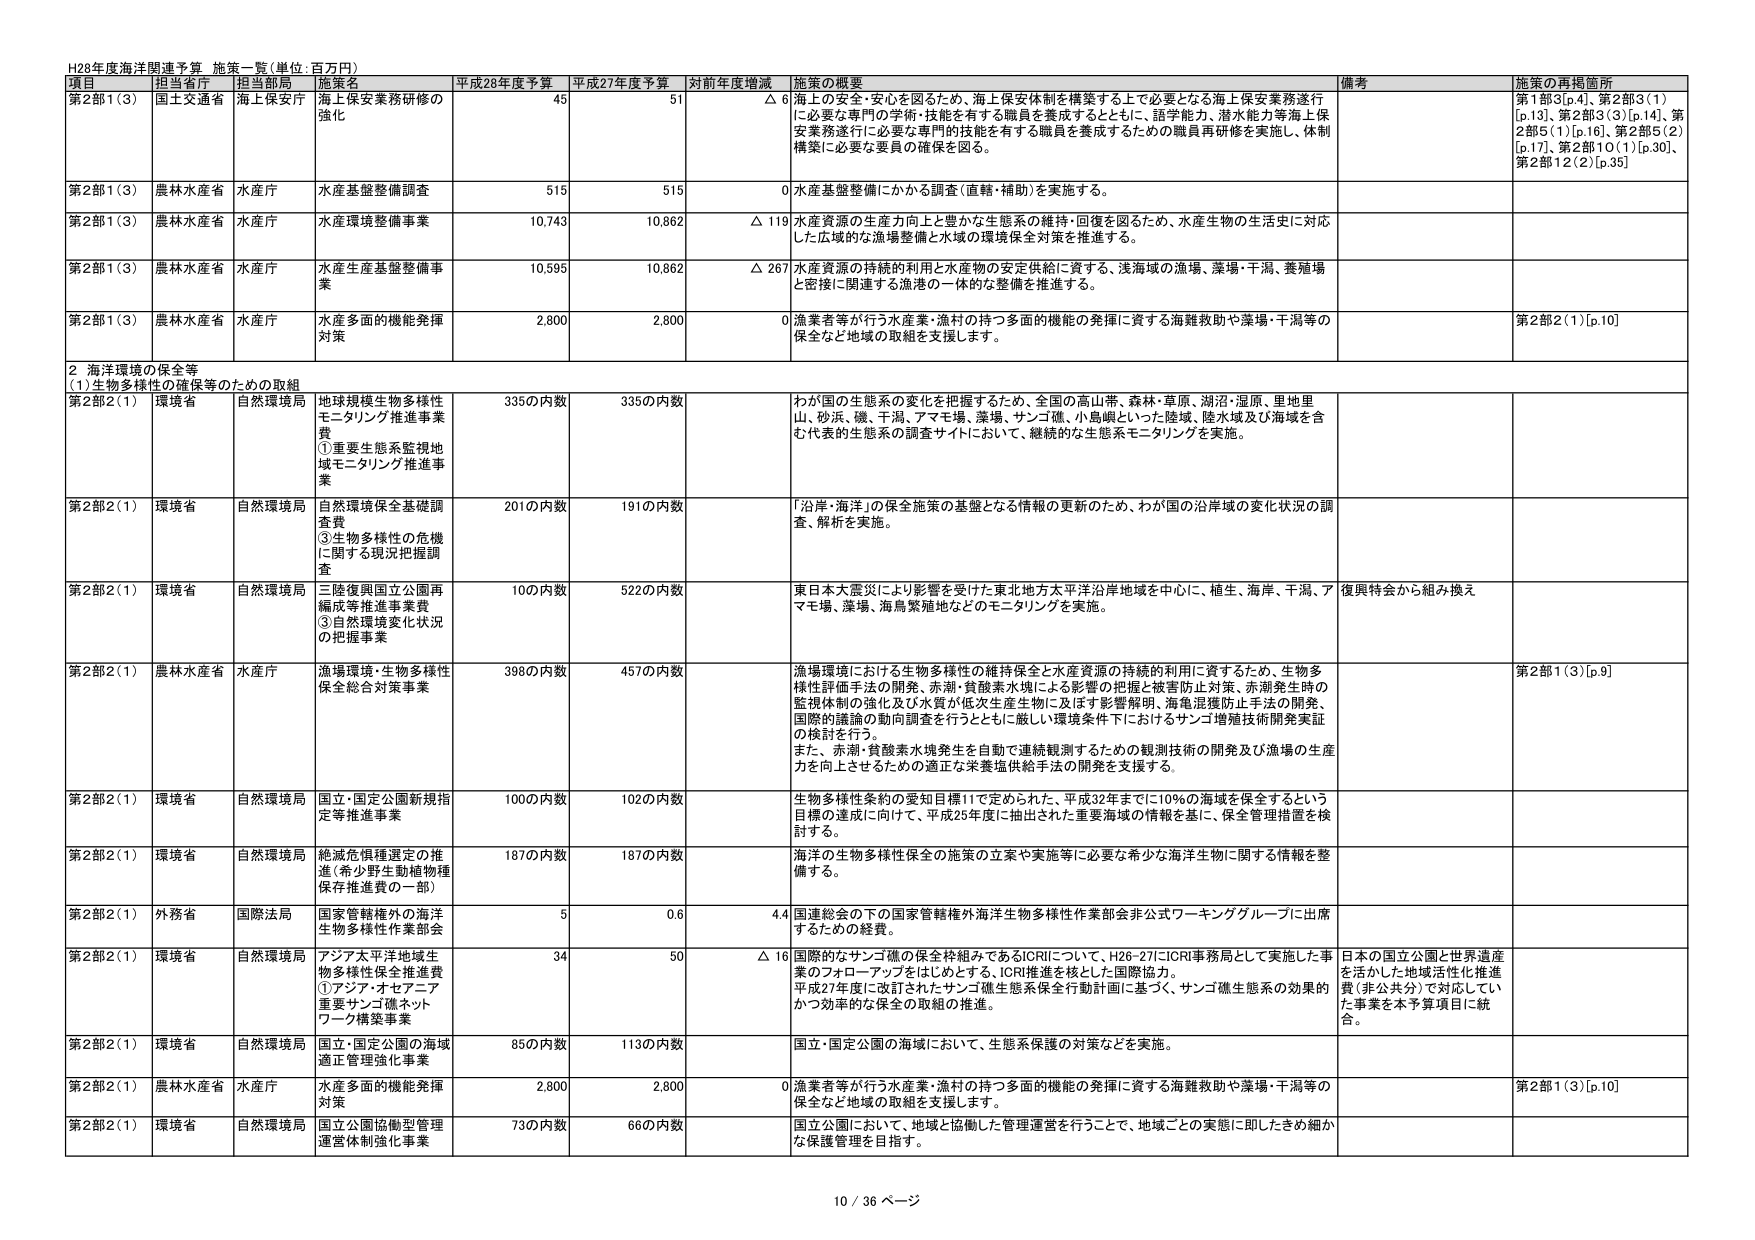
H28年度海洋関連予算 施策一覧(単位:百万円)

項目 担当省庁 担当部局 施策名 平成28年度予算 平成27年度予算 対前年度増減 施策の概要 備考 施策の再掲箇所

第2部1(3) 国土交通省 海上保安庁 海上保安業務研修の強化 45 51 △ 6 海上の安全・安心を図るため、海上保安体制を構築する上で必要となる海上保安業務遂行に必要な専門の学術・技能を有する職員を養成するとともに、語学能力、潜水能力等海上保安業務遂行に必要な専門の技能を有する職員を養成するための職員再研修を実施し、体制構築に必要な要員の確保を図る。 第1部3[p.4]、第2部3(1)[p.13]、第2部3(3)[p.14]、第2部5(1)[p.16]、第2部5(2)[p.17]、第2部10(1)[p.30]、第2部12(2)[p.35]

第2部1(3) 農林水産省 水産庁 水産基盤整備調査 515 515 0 水産基盤整備にかかる調査(直轄・補助)を実施する。

第2部1(3) 農林水産省 水産庁 水産環境整備事業 10,743 10,862 △ 119 水産資源の生産力向上と豊かな生態系の維持・回復を図るため、水産生物の生活史に対応した広域的な漁場整備と水域の環境保全対策を推進する。

第2部1(3) 農林水産省 水産庁 水産生産基盤整備事業 10,595 10,862 △ 267 水産資源の持続的利用と水産物の安定供給に資する、浅海域の漁場、藻場・干潟、養殖場と密接に関連する漁港の一体的な整備を推進する。

第2部1(3) 農林水産省 水産庁 水産多面的機能発揮対策 2,800 2,800 0 漁業者等が行う水産業・漁村の持つ多面的機能の発揮に資する海難救助や藻場・干潟等の保全など地域の取組を支援します。 第2部2(1)[p.10]

2 海洋環境の保全等 (1)生物多様性の確保等のための取組

第2部2(1) 環境省 自然環境局 地球規模生物多様性モニタリング推進事業費 ①重要生態系監視地域モニタリング推進事業 335の内数 335の内数 わが国の生態系の変化を把握するため、全国の高山帯、森林・草原、湖沼・湿原、里地里山、砂浜、磯、干潟、アマモ礁、藻場、サンゴ礁、小島嶼といった陸域、陸水域及び海域を含む代表的生態系の調査サイトにおいて、継続的な生態系モニタリングを実施。

第2部2(1) 環境省 自然環境局 自然環境保全基礎調査費 ③生物多様性の危機に関する現況把握調査 201の内数 191の内数 「沿岸・海洋」の保全施策の基盤となる情報の更新のため、わが国の沿岸域の変化状況の調査、解析を実施。

第2部2(1) 環境省 自然環境局 三陸復興国立公園再編成等推進事業費 ③自然環境変化状況の把握事業 10の内数 522の内数 東日本大震災により影響を受けた東北地方太平洋沿岸地域を中心に、植生、海岸、干潟、アマモ場、藻場、海鳥繁殖地などのモニタリングを実施。 復興特会から組み換え

第2部2(1) 農林水産省 水産庁 漁場環境・生物多様性保全総合対策事業 398の内数 457の内数 漁場環境における生物多様性の維持保全と水産資源の持続的利用に資するため、生物多様性評価手法の開発、赤潮・負酸素水塊による影響の把握と被害防止対策、赤潮発生時の監視体制の強化及び水質が低次生産生物に及ぼす影響解明、海亀混獲防止手法の開発、国際的議論の動向調査を行うとともに厳しい環境条件下におけるサンゴ増殖技術開発実証の検討を行う。 また、赤潮・負酸素水塊発生を自動で連続観測するための観測技術の開発及び漁場の生産力を向上させるための適正な栄養塩供給手法の開発を支援する。 第2部1(3)[p.9]

第2部2(1) 環境省 自然環境局 国立・国定公園新規指定等推進事業 100の内数 102の内数 生物多様性条約の愛知目標11で定められた、平成32年度までに10%の海域を保全するという目標の達成に向けて、平成25年度に抽出された重要海域の情報を基に、保全管理措置を検討する。

第2部2(1) 環境省 自然環境局 絶滅危惧種選定の推進(希少野生動植物種保存推進費の一部) 187の内数 187の内数 海洋の生物多様性保全の施策の立案や実施等に必要な希少な海洋生物に関する情報を整備する。

第2部2(1) 外務省 国際法局 国家管轄権外の海洋生物多様性作業部会 5 0.6 4.4 国連総会の下の国家管轄権外海洋生物多様性作業部会非公式ワーキンググループに出席するための経費。

第2部2(1) 環境省 自然環境局 アジア太平洋地域生物多様性保全推進費 ①アジア・オセアニア重要サンゴ礁ネットワーク構築事業 34 50 △ 16 国際的なサンゴ礁の保全枠組みであるICRIについて、H26-27にICRI事務局として実施した事業のフォローアップをはじめとする、ICRI推進を核とした国際協力。 平成27年度に改訂されたサンゴ礁生態系保全行動計画に基づく、サンゴ礁生態系の効果的かつ効率的な保全の取組の推進。 日本の国立公園と世界遺産を活かした地域活性化推進費(非公共分)で対応していた事業を本予算項目に統合。

第2部2(1) 環境省 自然環境局 国立・国定公園の海域適正管理強化事業 85の内数 113の内数 国立・国定公園の海域において、生態系保護の対策などを実施。

第2部2(1) 農林水産省 水産庁 水産多面的機能発揮対策 2,800 2,800 0 漁業者等が行う水産業・漁村の持つ多面的機能の発揮に資する海難救助や藻場・干潟等の保全など地域の取組を支援します。 第2部1(3)[p.10]

第2部2(1) 環境省 自然環境局 国立公園協働型管理運営体制強化事業 73の内数 66の内数 国立公園において、地域と協働した管理運営を行うことで、地域ごとの実態に即したきめ細かな保護管理を目指す。

10 / 36 ページ